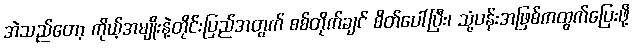
အဲသည်တော့ ကိုယ့်အမျိုးနဲ့တိုင်းပြည်အတွက် စစ်တိုက်ချင် စိတ်ပေါ်ပြီး၊ သုံ့ပန်းအဖြစ်ကထွက်ပြေးဖို့